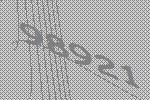
98921